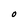
Character: O